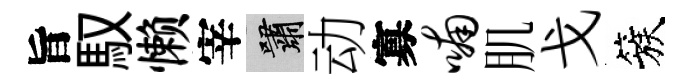
旨馭懒宰嘯动寡喃肌戈簇